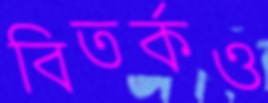
বিতর্কও